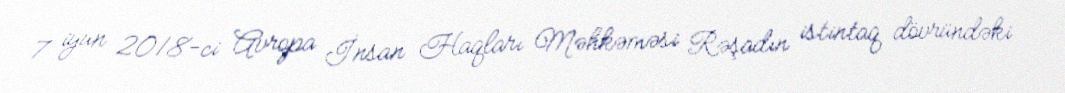
7 iyun 2018-ci Avropa İnsan Haqları Məhkəməsi Rəşadın istintaq dövründəki